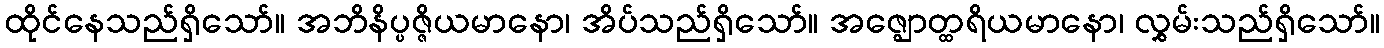
ထိုင်နေသည်ရှိသော်။ အဘိနိပ္ပဇ္ဇိယမာနော၊ အိပ်သည်ရှိသော်။ အဇ္ဈောတ္ထရိယမာနော၊ လွှမ်းသည်ရှိသော်။